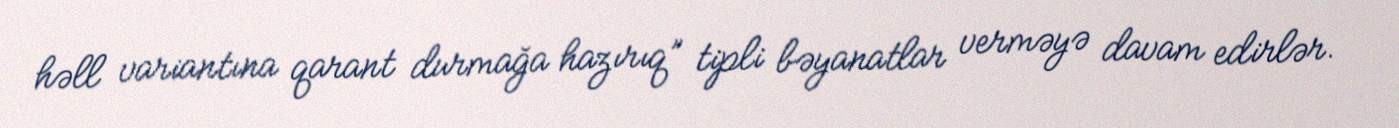
həll variantına qarant durmağa hazırıq” tipli bəyanatlar verməyə davam edirlər.